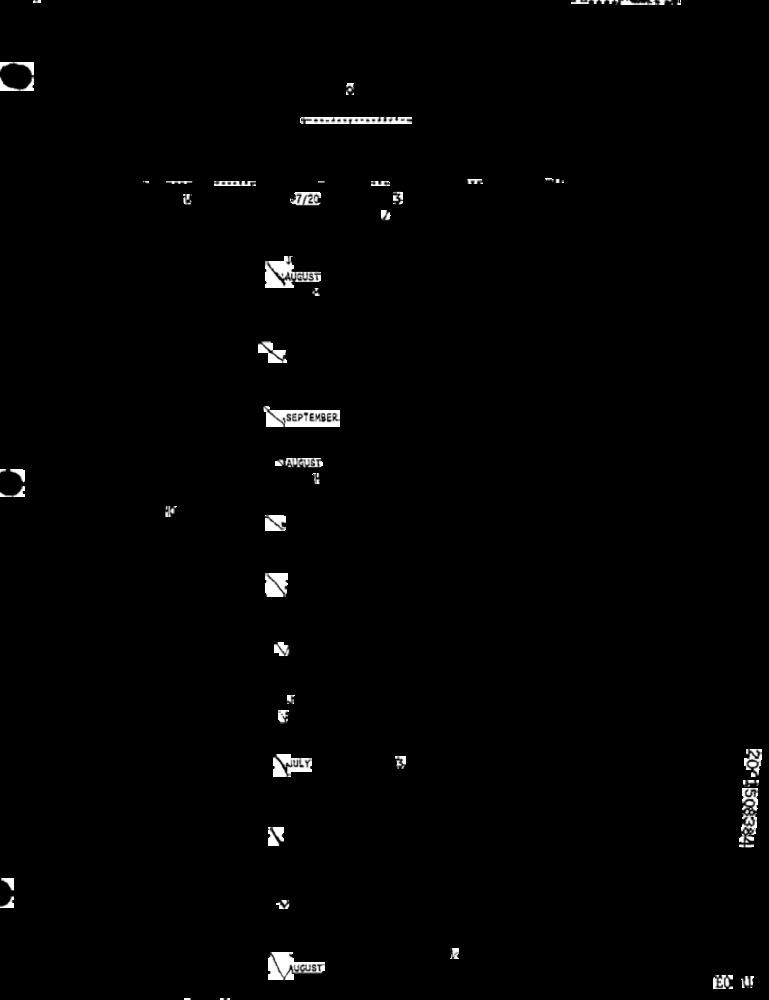
IT
27/20
AUGUST
SEPTEMBER
20-1508384
AUGUST